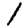
Digit: 1